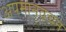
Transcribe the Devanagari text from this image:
अपमानवचन